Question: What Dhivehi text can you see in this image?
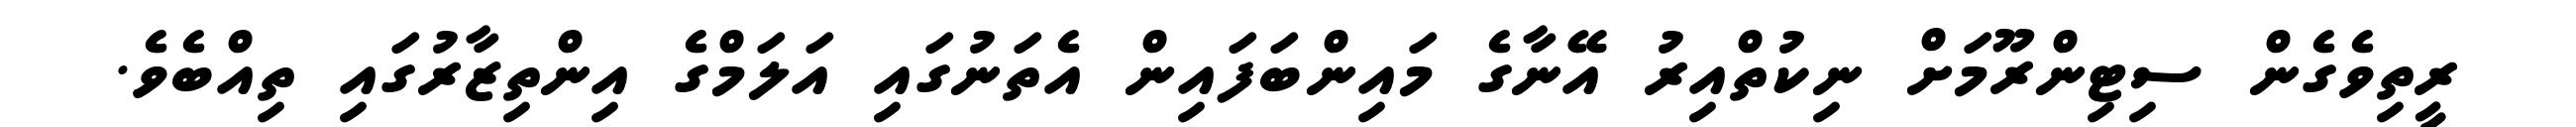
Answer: ރީތިވެގެން ސިޓިންރޫމަށް ނިކުތްއިރު އޭނާގެ މައިންބަފައިން އެތަނުގައި އަލަމްގެ އިންތިޒާރުގައި ތިއްބެވެ.